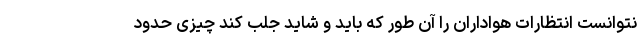
نتوانست انتظارات هواداران را آن طور که باید و شاید جلب کند چیزی حدود